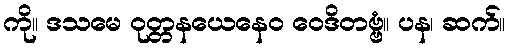
ကို။ ဒသမေ ဝုတ္တနယေနေဝ ဝေဒိတဗ္ဗံ။ ပန၊ ဆက်။